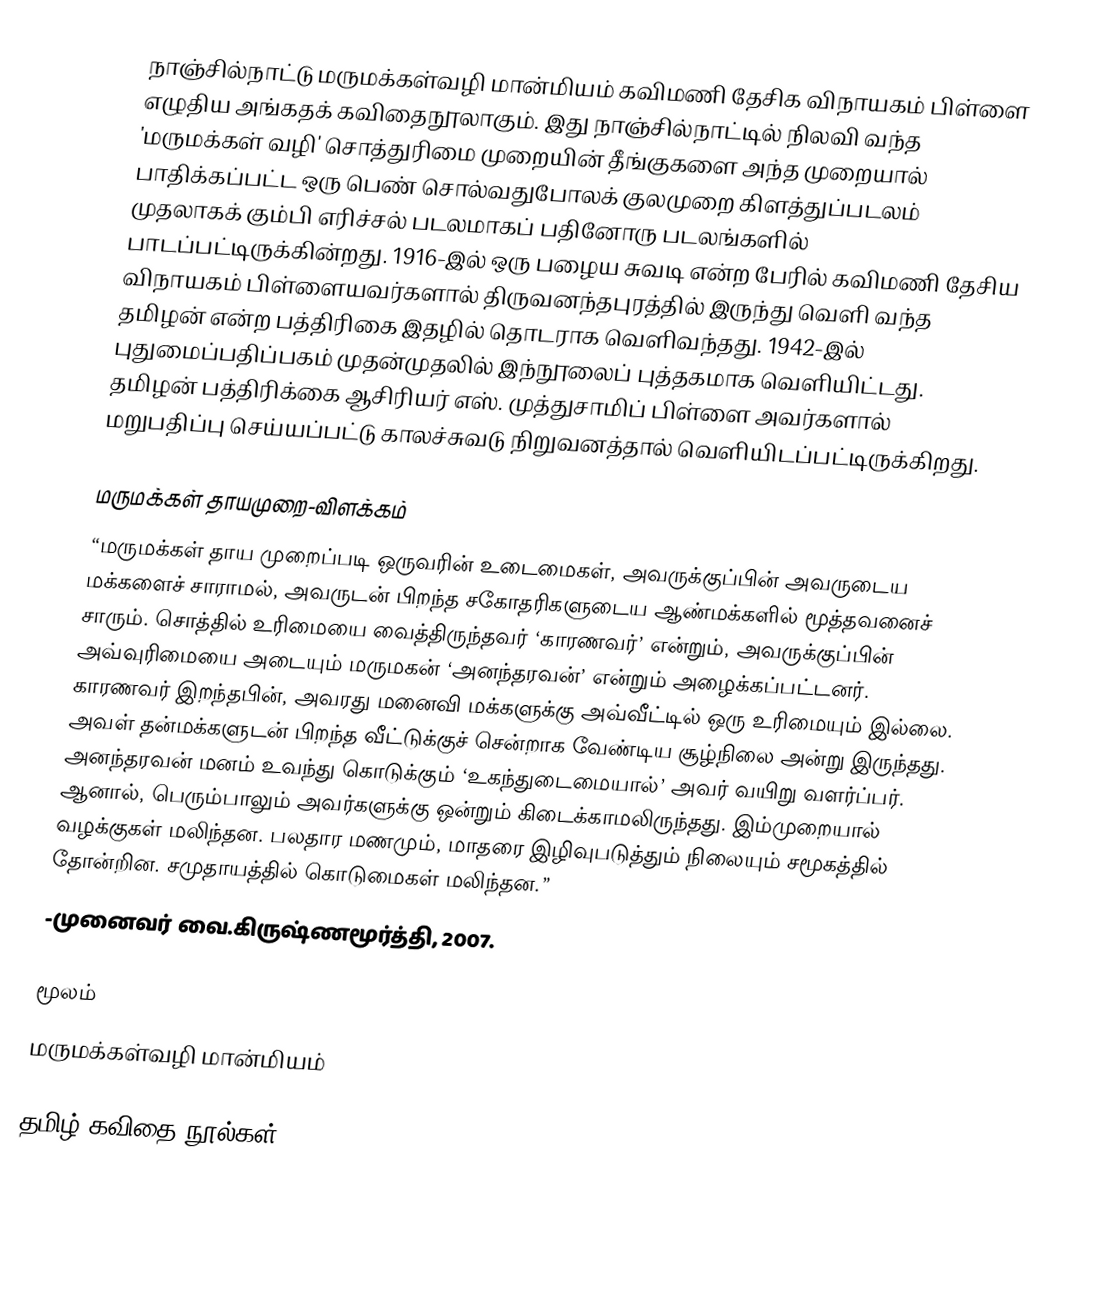
நாஞ்சில்நாட்டு மருமக்கள்வழி மான்மியம் கவிமணி தேசிக விநாயகம் பிள்ளை எழுதிய அங்கதக் கவிதைநூலாகும். இது நாஞ்சில்நாட்டில் நிலவி வந்த 'மருமக்கள் வழி' சொத்துரிமை முறையின் தீங்குகளை அந்த முறையால் பாதிக்கப்பட்ட ஒரு பெண் சொல்வதுபோலக் குலமுறை கிளத்துப்படலம் முதலாகக் கும்பி எரிச்சல் படலமாகப் பதினோரு படலங்களில் பாடப்பட்டிருக்கின்றது. 1916-இல் ஒரு பழைய சுவடி என்ற பேரில் கவிமணி தேசிய விநாயகம் பிள்ளையவர்களால் திருவனந்தபுரத்தில் இருந்து வெளி வந்த தமிழன் என்ற பத்திரிகை இதழில் தொடராக வெளிவந்தது. 1942-இல் புதுமைப்பதிப்பகம் முதன்முதலில் இந்நூலைப் புத்தகமாக வெளியிட்டது. தமிழன் பத்திரிக்கை ஆசிரியர் எஸ். முத்துசாமிப் பிள்ளை அவர்களால் மறுபதிப்பு செய்யப்பட்டு காலச்சுவடு நிறுவனத்தால் வெளியிடப்பட்டிருக்கிறது.

மருமக்கள் தாயமுறை-விளக்கம்
“மருமக்கள் தாய முறைப்படி ஒருவரின் உடைமைகள், அவருக்குப்பின் அவருடைய மக்களைச் சாராமல், அவருடன் பிறந்த சகோதரிகளுடைய ஆண்மக்களில் மூத்தவனைச் சாரும். சொத்தில் உரிமையை வைத்திருந்தவர் ‘காரணவர்’ என்றும், அவருக்குப்பின் அவ்வுரிமையை அடையும் மருமகன் ‘அனந்தரவன்’ என்றும் அழைக்கப்பட்டனர். காரணவர் இறந்தபின், அவரது மனைவி மக்களுக்கு அவ்வீட்டில் ஒரு உரிமையும் இல்லை. அவள் தன்மக்களுடன் பிறந்த வீட்டுக்குச் சென்றாக வேண்டிய சூழ்நிலை அன்று இருந்தது. அனந்தரவன் மனம் உவந்து கொடுக்கும் ‘உகந்துடைமையால்’ அவர் வயிறு வளர்ப்பர். ஆனால், பெரும்பாலும் அவர்களுக்கு ஒன்றும் கிடைக்காமலிருந்தது. இம்முறையால் வழக்குகள் மலிந்தன. பலதார மணமும், மாதரை இழிவுபடுத்தும் நிலையும் சமூகத்தில் தோன்றின. சமுதாயத்தில் கொடுமைகள் மலிந்தன.”
-முனைவர் வை.கிருஷ்ணமூர்த்தி, 2007.

மூலம்
 மருமக்கள்வழி மான்மியம்

தமிழ் கவிதை நூல்கள்